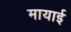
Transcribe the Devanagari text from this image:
मायाई